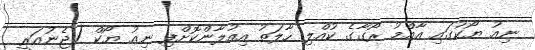
ނިއު ޔޯކުގައި އާއްމު ރޯގާގެ ކުއްލި ހާލަތު އިއުލާންކޮށްފި ނިއު ޔޯކް (ޖެނުއަރީ